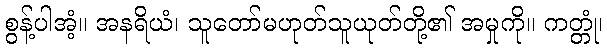
စွန့်ပါအံ့။ အနရိယံ၊ သူတော်မဟုတ်သူယုတ်တို့၏ အမှုကို။ ကတ္တုံ၊